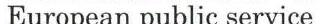
European public service